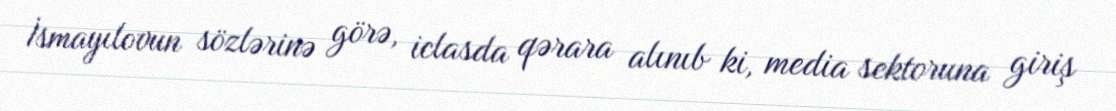
İsmayılovun sözlərinə görə, iclasda qərara alınıb ki, media sektoruna giriş